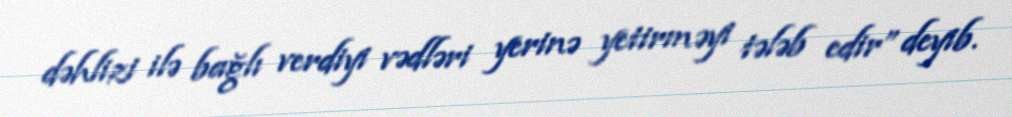
dəhlizi ilə bağlı verdiyi vədləri yerinə yetirməyi tələb edir” deyib.